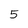
Character: 5